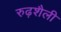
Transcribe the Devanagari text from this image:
रुढ़शैली